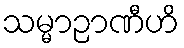
သမ္မာဉာဏီဟိ